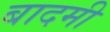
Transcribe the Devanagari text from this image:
बादमी